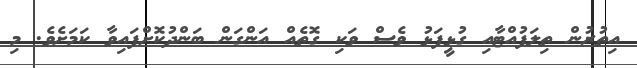
އިތުރުން ތިލަފުއްޓާއި ގުޅީފަޅު ވެސް ވަކި ގޮތެއް އަންގަން ބަންދުކޮށްފައިވާ ކަމަށެވެ. މި